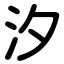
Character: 汐